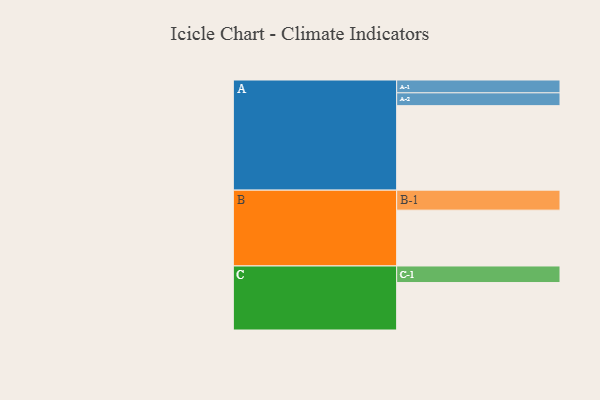
{"axis": {"x": "Segment", "y": "Value"}, "legend": ["", "A", "B", "C"], "data": [{"x": "A", "y": 566, "type": ""}, {"x": "B", "y": 374, "type": ""}, {"x": "C", "y": 318, "type": ""}, {"x": "A-1", "y": 86, "type": "A"}, {"x": "A-2", "y": 86, "type": "A"}, {"x": "B-1", "y": 134, "type": "B"}, {"x": "C-1", "y": 111, "type": "C"}]}